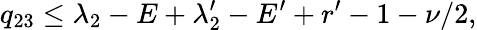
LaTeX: q_{23}\le\lambda_{2}-E+\lambda_{2}^{\prime}-E^{\prime}+r^{\prime}-1-\nu/2,